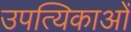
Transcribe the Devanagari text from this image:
उपत्यिकाओं